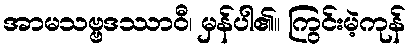
အာမသဗ္ဗဒဿာဝီ၊ မှန်ပါ၏။ ကြွင်းမဲ့ကုန်